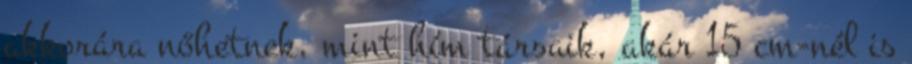
akkorára nőhetnek, mint hím társaik, akár 15 cm-nél is